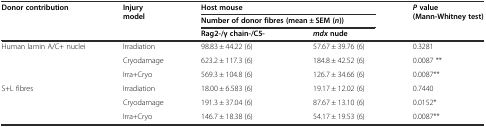
<table><thead><tr><td rowspan="3"><b>Donor contribution</b></td><td rowspan="3"><b>Injury model</b></td><td colspan="2"><b>Host mouse</b></td><td rowspan="3"><b><i>P</i>value (Mann-Whitney test)</b></td></tr><tr><td colspan="2"><b>Number of donor fibres (mean ± SEM (<i>n</i>))</b></td></tr><tr><td><b>Rag2-/γ chain-/C5-</b></td><td><b><i>mdx</i>nude</b></td></tr></thead><tbody><tr><td rowspan="3">Human lamin A/C+ nuclei</td><td>Irradiation</td><td>98.83 ± 44.22 (6)</td><td>57.67 ± 39.76 (6)</td><td>0.3281</td></tr><tr><td>Cryodamage</td><td>623.2 ± 117.3 (6)</td><td>184.8 ± 42.52 (6)</td><td>0.0087 **</td></tr><tr><td>Irra+Cryo</td><td>569.3 ± 104.8 (6)</td><td>126.7 ± 34.66 (6)</td><td>0.0087**</td></tr><tr><td rowspan="3">S+L fibres</td><td>Irradiation</td><td>18.00 ± 6.583 (6)</td><td>19.17 ± 12.02 (6)</td><td>0.7440</td></tr><tr><td>Cryodamage</td><td>191.3 ± 37.04 (6)</td><td>87.67 ± 13.10 (6)</td><td>0.0152*</td></tr><tr><td>Irra+Cryo</td><td>146.7 ± 18.38 (6)</td><td>54.17 ± 19.53 (6)</td><td>0.0087**</td></tr></tbody></table>